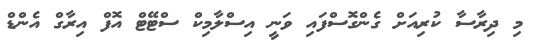
މި ދިރާސާ ކުރިއަށް ގެންގޮސްފައި ވަނީ އިސްލާމިކް ސްޓޭޓް އޮފް އިރާގް އެންޑް